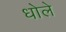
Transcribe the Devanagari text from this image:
धोले